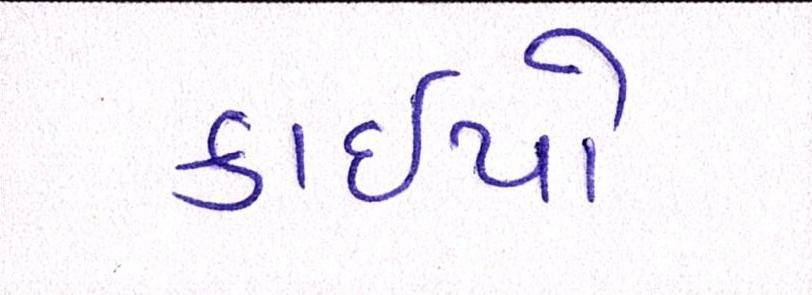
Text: કાઇપો